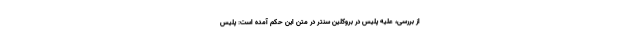
از بررسی، علیه پلیس در بروکلین سنتر در متن این حکم آمده است: پلیس